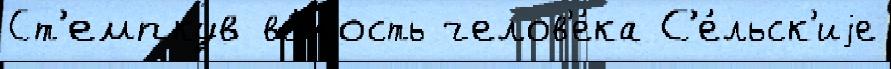
Ст'емпкув во́лость челов'е́ка С'е́льск'иjе